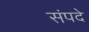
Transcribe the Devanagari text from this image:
संपदे